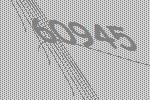
60945